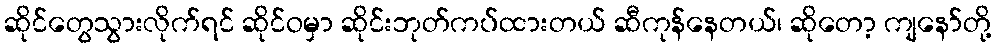
ဆိုင်တွေသွားလိုက်ရင် ဆိုင်ဝမှာ ဆိုင်းဘုတ်ကပ်ထားတယ် ဆီကုန်နေတယ်၊ ဆိုတော့ ကျနော်တို့